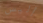
أليس